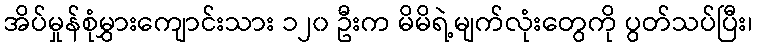
အိပ်မှုန်စုံမွှားကျောင်းသား ၁၂၀ ဦးက မိမိရဲ့မျက်လုံးတွေကို ပွတ်သပ်ပြီး၊